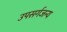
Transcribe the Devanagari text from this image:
उपसर्गजन्य